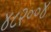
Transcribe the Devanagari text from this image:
४८२००४